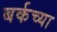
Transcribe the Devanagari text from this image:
बर्कच्या